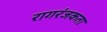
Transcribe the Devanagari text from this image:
रागरंजकता